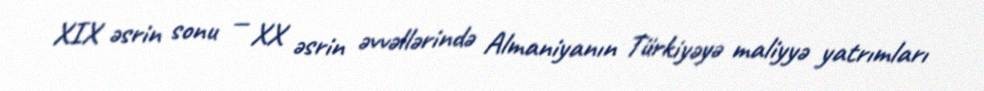
XIX əsrin sonu — XX əsrin əvvəllərində Almaniyanın Türkiyəyə maliyyə yatrımları